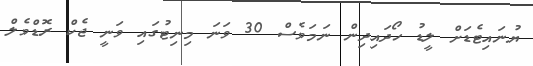
ޔުނައިޓެޑަށް ލީޑު ހޯދައިދިން ނަމަވެސް 30 ވަނަ މިނިޓުގައި ވަނީ ޖެކް ރޮޑްވެލް